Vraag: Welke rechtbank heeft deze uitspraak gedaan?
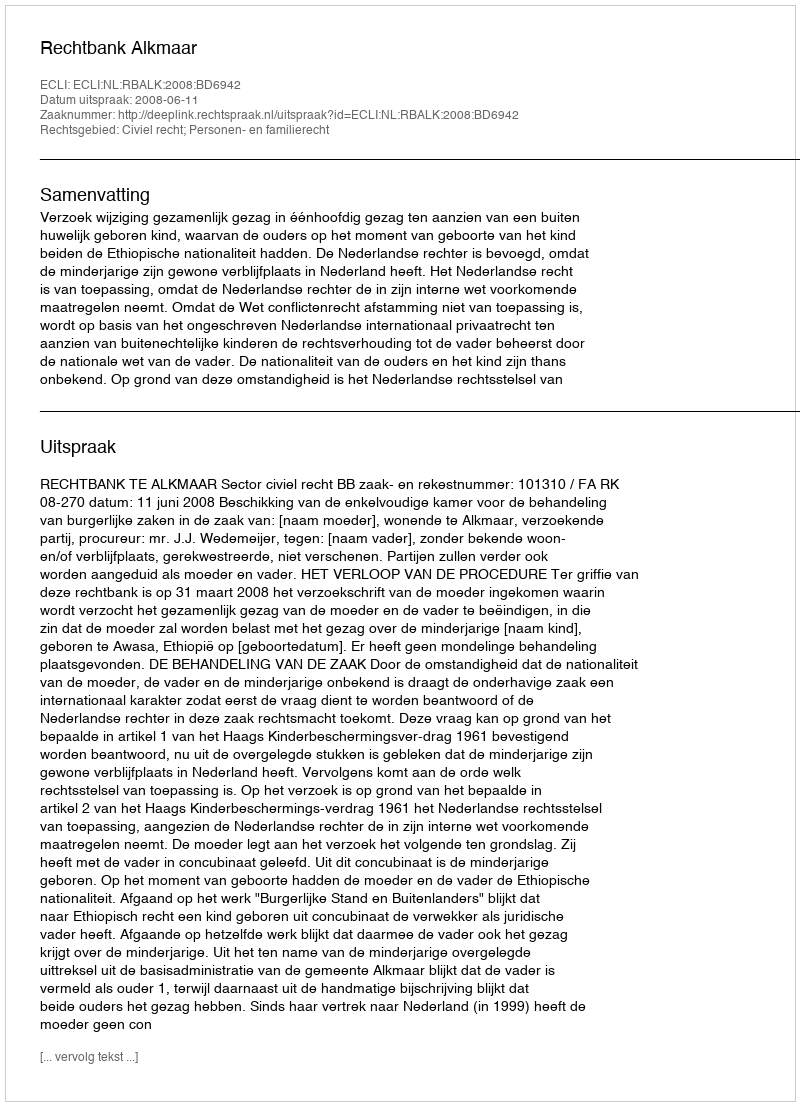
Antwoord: Rechtbank Alkmaar